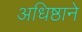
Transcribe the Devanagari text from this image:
अधिष्ठाने